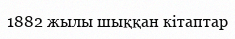
1882 жылы шыққан кітаптар